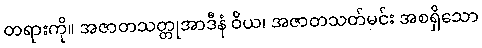
တရားကို။ အဇာတသတ္တုအာဒီနံ ဝိယ၊ အဇာတသတ်မင်း အစရှိသော